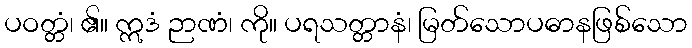
ပဝတ္တံ၊ ၏။ ဣဒံ ဉာဏံ၊ ကို။ ပရသတ္တာနံ၊ မြတ်သောပဓာနဖြစ်သော